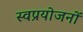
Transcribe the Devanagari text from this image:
स्वप्रयोजनों